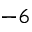
^ { - 6 }